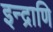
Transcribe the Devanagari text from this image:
इन्द्राणि